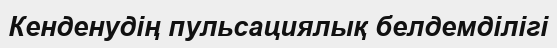
Кенденудің пульсациялық белдемділігі